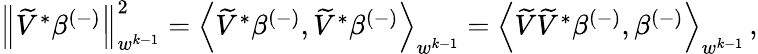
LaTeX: \begin{array}{r}{\left\lVert\widetilde{V}^{*}\beta^{(-)}\right\rVert_{w^{k-1}}^{2}=\left\langle\widetilde{V}^{*}\beta^{(-)},\widetilde{V}^{*}\beta^{(-)}\right\rangle_{w^{k-1}}=\left\langle\widetilde{V}\widetilde{V}^{*}\beta^{(-)},\beta^{(-)}\right\rangle_{w^{k-1}}\, ,}\end{array}